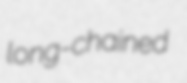
long-chained